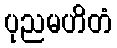
ပုညမဟိတံ